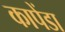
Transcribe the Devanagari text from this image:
कापेंडा